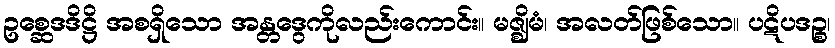
ဥစ္ဆေဒဒိဋ္ဌိ အစရှိသော အန္တဒွေကိုလည်းကောင်း။ မဇ္ဈိမံ၊ အလတ်ဖြစ်သော။ ပဋိပဒဉ္စ၊